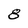
Character: 8